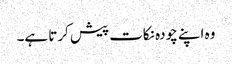
وہ اپنے چودہ نکات پیش کرتا ہے۔